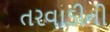
તરવાડીની